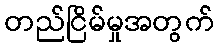
တည်ငြိမ်မှုအတွက်